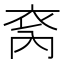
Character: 𮶿